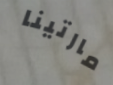
مارتينا